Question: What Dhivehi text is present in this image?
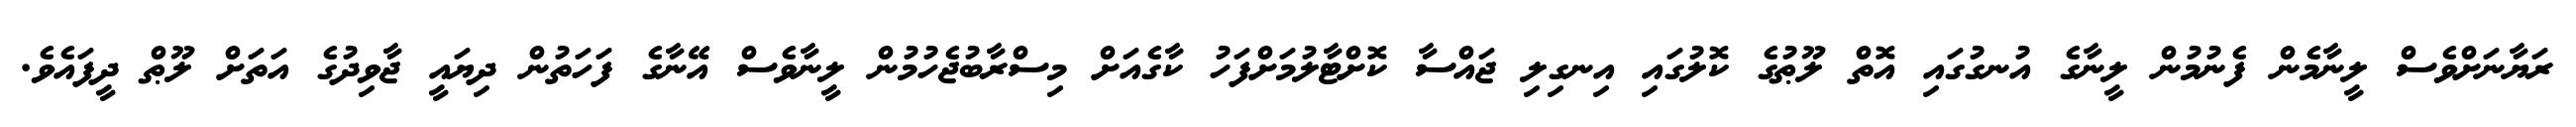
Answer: ރަޔާނަށްވެސް ލީނާމެން ފެނުމުން ލީނާގެ އުނގުގައި އޮތް ލޫޠުގެ ކޮލުގައި އިނގިލި ޖައްސާ ކޮށްޓާލުމަށްފަހު ކާގެއަށް މިސްރާބުޖެހުމުން ލީނާވެސް އޭނާގެ ފަހަތުން ދިޔައީ ޖާވިދުގެ އަތަށް ލޫޠް ދީފައެވެ.